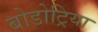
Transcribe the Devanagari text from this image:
बोडोट्रिया